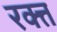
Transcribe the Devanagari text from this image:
रक्त्त